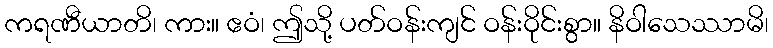
ကရဏီယာတိ၊ ကား။ ဧဝံ၊ ဤသို့ ပတ်ဝန်းကျင် ဝန်းဝိုင်းစွာ။ နိဝါသေဿာမိ၊